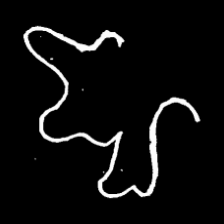
Pyu character \u2014 Myanmar letter: ဈ (romanized: jha)